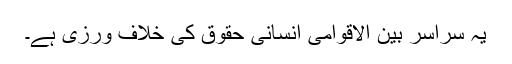
یہ سراسر بین الاقوامی انسانی حقوق کی خلاف ورزی ہے۔